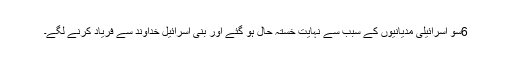
6سو اِسرائیلی مِدیانیوں کے سبب سے نِہایت خستہ حال ہو گئے اور بنی اِسرائیل خُداوند سے فریاد کرنے لگے۔